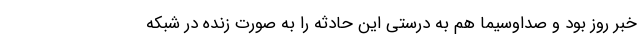
خبر روز بود و صداوسیما هم به درستی این حادثه را به صورت زنده در شبکه